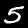
Label: 5